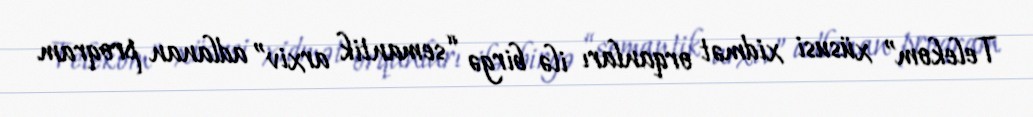
Telekom” xüsusi xidmət orqanları ilə birgə “semantik arxiv” adlanan proqram